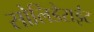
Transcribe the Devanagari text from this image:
सोलिडेराईट